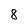
Character: 8